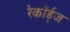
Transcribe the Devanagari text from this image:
रेकॉर्ड्‌ज